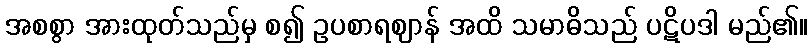
အစစွာ အားထုတ်သည်မှ စ၍ ဥပစာရဈာန် အထိ သမာဓိသည် ပဋိပဒါ မည်၏။